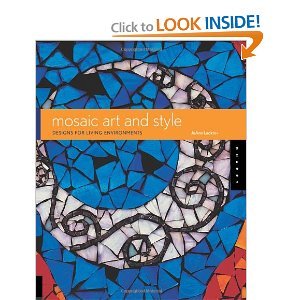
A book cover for Mosaic Art andStyle byLocktov; Locktov; Arts & Photography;